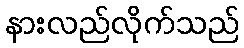
နားလည်လိုက်သည်